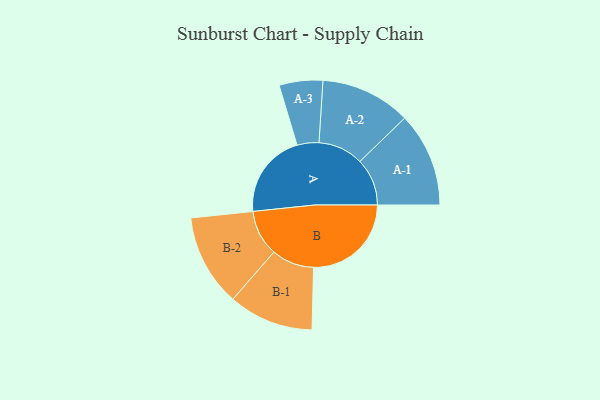
{"axis": {"x": "Segment", "y": "Value"}, "legend": ["", "A", "B"], "data": [{"x": "A", "y": 413, "type": ""}, {"x": "B", "y": 476, "type": ""}, {"x": "A-1", "y": 230, "type": "A"}, {"x": "A-2", "y": 220, "type": "A"}, {"x": "A-3", "y": 106, "type": "A"}, {"x": "B-1", "y": 207, "type": "B"}, {"x": "B-2", "y": 224, "type": "B"}]}